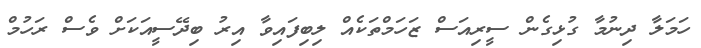
ހަމަލާ ދިނުމާ ގުޅިގެން ސީރިއަސް ޒަހަމްތަކެއް ލިބިފައިވާ އިރު ބިދޭސީއަކަށް ވެސް ރަހުމް